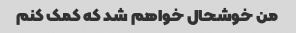
من خوشحال خواهم شد که کمک کنم